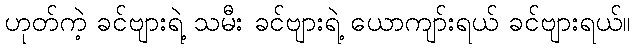
ဟုတ်ကဲ့ ခင်ဗျားရဲ့ သမီး ခင်ဗျားရဲ့ ယောကျာ်းရယ် ခင်ဗျားရယ်။